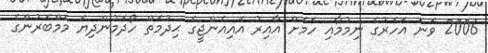
2006 ވަނަ އަހަރުގެ ނިމުމާއި ހަމަށް އާއިރު އައިއެންޖީގެ ޙިދުމަތް ހޯދަމުންދިޔަ މެމްބަރުންގެ